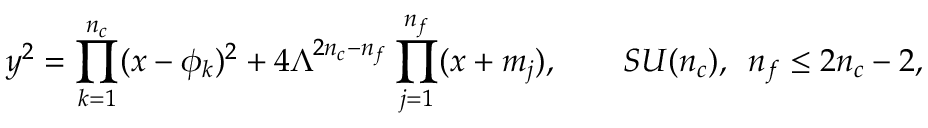
y ^ { 2 } = \prod _ { k = 1 } ^ { n _ { c } } ( x - \phi _ { k } ) ^ { 2 } + 4 \Lambda ^ { 2 n _ { c } - n _ { f } } \prod _ { j = 1 } ^ { n _ { f } } ( x + m _ { j } ) , \qquad S U ( n _ { c } ) , \, \, \, n _ { f } \le 2 n _ { c } - 2 ,